Civil Veterinary Department Bengal reports 1923-33 - 1923-1933
Year: 1923
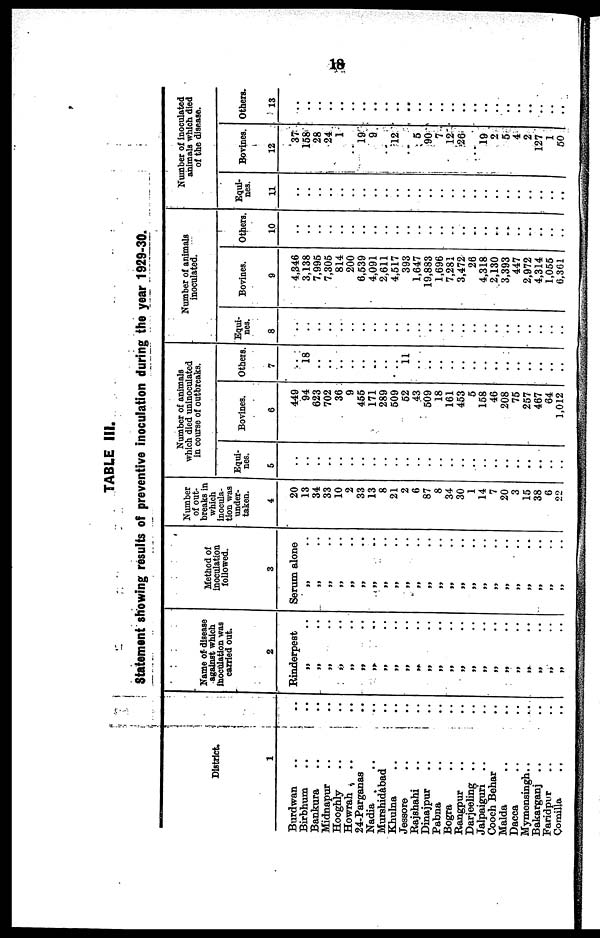
18
TABLE III.
Statement showing results of preventive inoculation during the year 1929-30.
District.
1
Burdwan .. ..
Birbhum .. ..
Bankura .. ..
Midnapur .. ..
Hooghly .. ..
Howrah
..
..
24-Parganas ..
Nadia
.. ..
Murshidabad ..
Khulna .. ..
Jessore .. ..
Rajshahi .. ..
Dinajpur .. ..
Pabna .. ..
Bogra .. ..
Rangpur .. ..
Darjeeling .. ..
Jalpaigun .. ..
Cooch Behar ..
Malda .. ..
Dacca ....
Mymensingh .. ..
Bakarganj
.. ..
Faridpur .. ..
Comilla .. ..
Name of disease
against which
inoculation was
carried out.
2
Rinderpest
„ ..
„ ..
„ ..
„ ..
„ ..
„ ..
„ ..
„ ..
„ ..
„ ..
„ ..
„ ..
„ ..
„ ..
„ ..
„ ..
„ ..
„ ..
„ ..
„ ..
„ ..
„ ..
„ ..
„ ..
Method of
Inoculation
followed.
3
Serum alone
„ ..
„ ..
„ ..
„ ..
„ ..
„ ..
„ ..
„ ..
„ ..
„ ..
„ ..
„ ..
„ ..
„ ..
„ ..
„ ..
„ ..
„ ..
„ ..
„ ..
„ ..
„ ..
„ ..
„ ..
Number
of out-
breaks In
which
Inocula-
tion was
under-
taken.
4
20
13
34
33
10
2
33
13
8
21
2
6
87
8
34
30
1
14
7
20
3
15
38
6
22
Number of animals
which died uninoculated
in course of outbreaks.
Equi-
-es.
5
..
..
..
..
..
..
..
..
..
..
..
..
..
..
..
..
..
..
..
..
..
..
..
..
..
Bovines.
6
449
94
623
702
36
9
456
171
289
509
52
43
509
18
161
453
5
158
46
208
75
257
467
64
1,012
Others.
7
..
18
..
..
..
..
..
..
..
..
11
..
..
..
..
..
..
..
..
..
..
..
..
..
..
Number of animals
inoculated.
Equni-
nes.
8
..
..
..
..
..
..
..
..
..
..
..
..
..
..
..
..
..
..
..
..
..
..
..
..
..
Bovines.
9
4,346
3,138
7,995
7,305
814
200
6,539
4,091
2,611
4,517
393
1,647
19,883
1,696
7,281
3,472
26
4,318
2,130
3,393
447
2,972
4,314
1,056
6,361
Others.
10
..
..
..
..
..
..
..
..
..
..
..
..
..
..
..
..
..
..
..
..
..
..
..
..
..
Number of Inoculated
animals which died
of the disease.
Equi-
nes.
11
..
..
..
..
..
..
..
..
..
..
..
..
..
..
..
..
..
..
..
..
..
..
..
..
..
Bovines.
12
37
158
28
24
1
..
19
9
. .
12
..
6
90
7
12
26
..
19
2
5
4
2
127
1
50
Others.
13
..
..
..
..
..
..
..
..
..
..
..
..
..
..
..
..
..
..
..
..
..
..
..
..
..